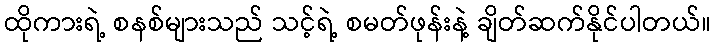
ထိုကားရဲ့ စနစ်များသည် သင့်ရဲ့ စမတ်ဖုန်းနဲ့ ချိတ်ဆက်နိုင်ပါတယ်။